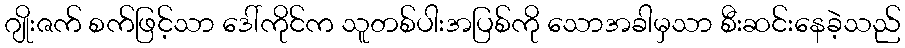
ဂျိုးဇက် စက်ဖြင့်သာ ဒေါ်ကိုင်က သူတစ်ပါးအပြစ်ကို သောအခါမှသာ စီးဆင်းနေခဲ့သည်